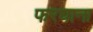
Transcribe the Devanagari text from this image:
फरघाना